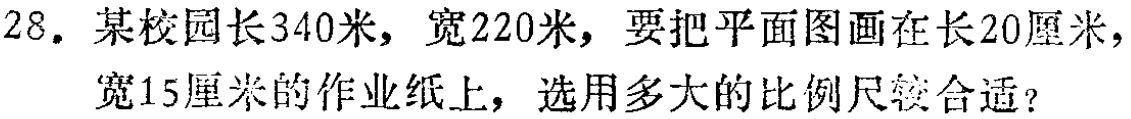
28. 某校园长340米，宽220米，要把平面图画在长20厘米，宽15厘米的作业纸上，选用多大的比例尺较合适？